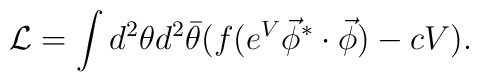
{\cal L} = \int d^2\theta d^2\bar{\theta} (f(e^V \vec{\phi}^*\cdot\vec{\phi}) -cV).